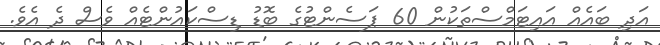
އަދި ބައެއް އައިޓަމްސްތަކުން 60 ޕަސެންޓުގެ ބޮޑު ޑިސްކައުންޓެއް ވެސް ދެ އެވެ.